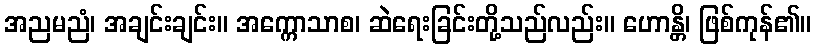
အညမညံ၊ အချင်းချင်း။ အက္ကောသာစ၊ ဆဲရေးခြင်းတို့သည်လည်း။ ဟောန္တိ၊ ဖြစ်ကုန်၏။